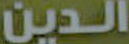
الدين